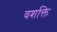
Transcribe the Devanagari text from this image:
वशक्ति